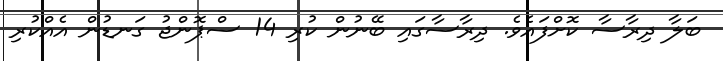
ބަލާ ދިރާސާ ކޮށްފައެވެ. ދިރާސާގައި ބޭނުން ކުރި 14 ސްޕޮންޖު ގަނޑުން އެއްކުރި